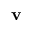
\mathbf { v }